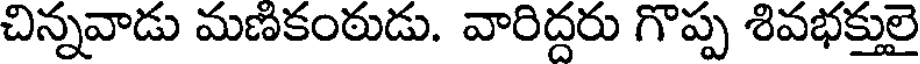
చిన్నవాడు మణికంఠుడు. వారిద్దరు గొప్ప శివభక్తులై